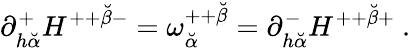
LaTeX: \partial_{h{\breve{\alpha}}}^{+}H^{++{\breve{\beta}}-}=\omega_{\breve{\alpha}}^{++{\breve{\beta}}}=\partial_{h{\breve{\alpha}}}^{-}H^{++{\breve{\beta}}+}\ .